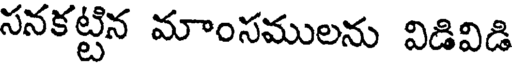
సనకట్టిన మాంసములను విడివిడి